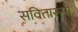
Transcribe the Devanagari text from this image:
सवितारूपी